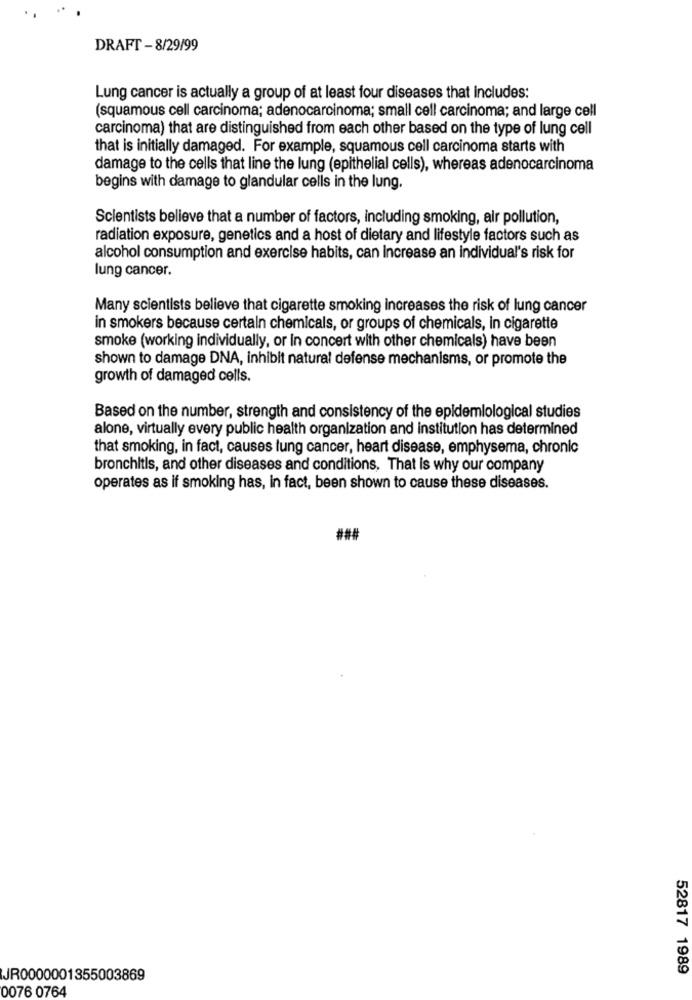
DRAFT - 8/29/99
Lung cancer is actually a group of at least four diseases that includes:
(squamous cell carcinoma; adenocarcinoma; small cell carcinoma; and large cell
carcinoma) that are distinguished from each other based on the type of lung cell
that is initially damaged. For example, squamous cell carcinoma starts with
damage to the cells that line the lung (epithelial cells), whereas adenocarcinoma
begins with damage to glandular cells in the lung.
Scientists believe that a number of factors, including smoking, air pollution,
radiation exposure, genetics and a host of dietary and lifestyle factors such as
alcohol consumption and exercise habits, can Increase an individual's risk for
lung cancer.
Many scientists believe that cigarette smoking increases the risk of lung cancer
in smokers because certain chemicals, or groups of chemicals, in cigarette
smoke (working individually, or in concert with other chemicals) have been
shown to damage DNA, inhibit natural defense mechanisms, or promote the
growth of damaged cells.
Based on the number, strength and consistency of the epidemiological studies
alone, virtually every public health organization and institution has determined
that smoking, in fact, causes lung cancer, heart disease, emphysema, chronic
bronchitis, and other diseases and conditions, That is why our company
operates as if smoking has, in fact, been shown to cause these diseases.
##
52817 1989
JR0000001355003869
0076 0764